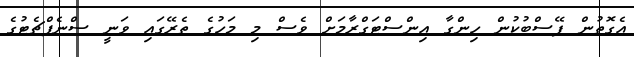
އެގޮތުން ފޭސްބުކުން ހިންގާ އިންސްޓަގްރާމަށް ވެސް މި މަހުގެ ތެރޭގައި ވަނީ ސްނެޕްޗެޓުގެ